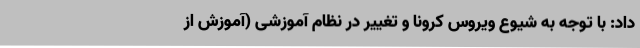
داد: با توجه به شیوع ویروس کرونا و تغییر در نظام آموزشی (آموزش از